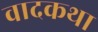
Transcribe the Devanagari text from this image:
वादकथा